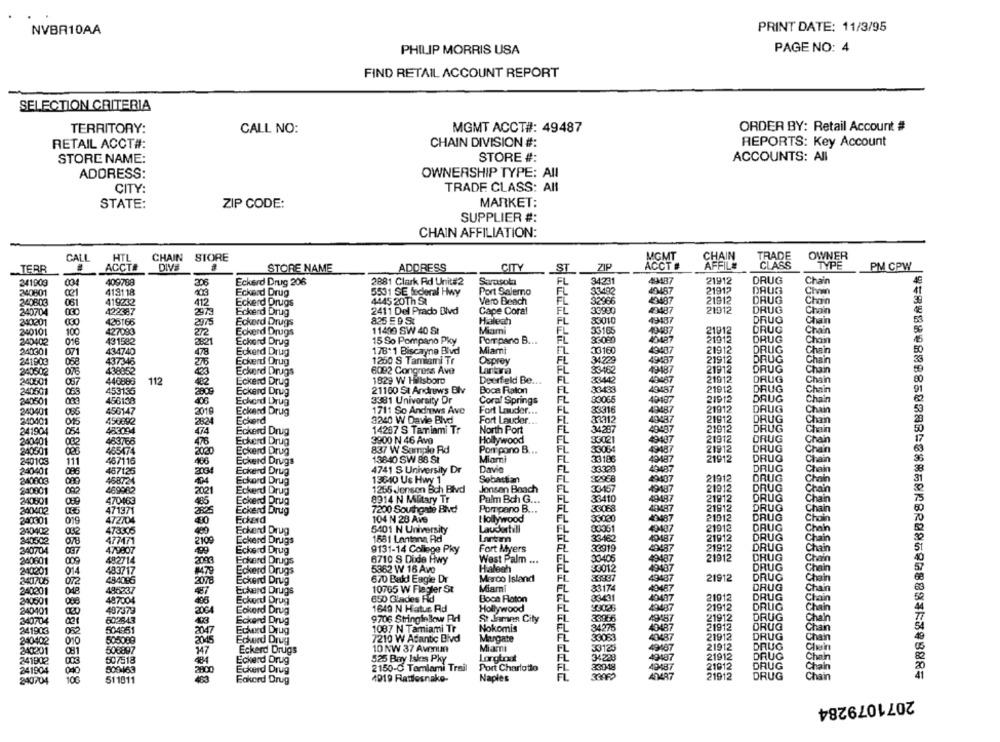
PRINT DATE: 11/3/95
NVBR10AA
PHILIP MORRIS USA
PAGE NO: 4
FIND RETAIL ACCOUNT REPORT
SELECTION CRITERIA
TERRITORY:
CALL NO:
MGMT ACCT#: 49487
ORDER BY: Retail Account #
RETAIL ACCT#:
CHAIN DIVISION #:
REPORTS: Key Account
STORE NAME:
STORE #:
ACCOUNTS: All
ADDRESS:
OWNERSHIP TYPE: All
CITY:
TRADE CLASS: All
STATE:
ZIP CODE:
MARKET:
SUPPLIER #:
CHAIN AFFILIATION:
CALL
HTL
CHAIN
STORE
MGMT
CHAIN
TRADE
OWNER
TERR
ACCT#
DIVE
STORE NAME
ADORESS
CITY
ST
ZIP
AFFILI
CLASS
TYPE
PM CPW
341003
409788
306
Eckerd Drug 206
2881 Clark Ad Unit#2
Sarasola
FL
34231
49487
21912
DRUG
Chain
4487
21912
DAUG
240801
021
418118
403
Eckerd Drug
5531 SE federal Hwy
Port Salemo
33492
Chvin
240803
061
419232
412
Eckerd Drugs
4445 20Th St
Vero Beach
EL
32966
43487
21912
DRUG
240704
422387
2973
Eckerd Drug
2411 Del Prado Blvd
Cape Coral
EL
33980
43487
21912
DRUG
825 59 St
Hialeah
FL
83010
49487
DRUG
340201
030
426166
2075
Eckerd Drugs
Chain
240101
100
427093
272
Eckerd Drugs
11400 SW 40 St
Miami
FL
33165
19487
21912
DRUG
240402
016
431582
2821
Eckard Drug
15 So Pompano Pky
Pompano B ...
EL
40487
21912
DRUG
FL
33160
240301
071
434740
478
Eckerd Drug
178 1 Biscayne Blvd
Miami
49487
21912
DRUG
241903
058
437346
275
Eckerd Drug
1250 S Tamiami Tr
Osprey
FL
34729
49487
21912
DRUG
240502
07
438852
Eckerd Drugs
6092 Congress Avo
Lartra
FL
33-462
49487
21912
DRUG
Chain
FL
33442
40487
21912
DRUG
Chain
240501
087
446888
112
Eckerd Drug
1929 W Hillsboro
Deerfield Be ...
240501
453135
2009
Eckerd Drug
21100 St Andrews Blv
Boca Raton
FL
40487
21912
DRUG
Chain
340501
456138
406
Eckerd Drug
3381 University Dr
Coral Springs
EL
83065
49407
21912
DAUG
Chain
FL
33316
49487
21912
DRUG
Chain
240401
456147
2019
Eckerd Drug
1711 So Androws Ave
Fort Lauder ...
240401
015
456892
2824
Eckerd
3240 W Davie Blvd
Fort Lauder.
EL
33312
49487
21912
DRUG
Chain
241904
054
453094
474
Eckerd Drug
14207 S Tariami Tr
North Port
FL
34287
40487
21912
DRUG
Chan
DRUG
240401
082
463766
Eckerd Drug
3900 N 46 Avo
Hollywood
FL
33021
49487
21912
Chain
240501
465474
2020
Eckerd Drug
837 W Sample Rd
Pompano B ...
FL
49487
21912
DRUG
Chain
240103
111
467116
406
Eckerd Drugs
13840 SW 88 SŁ
Miami
FL
33186
49487
21912
DRUG
Chain
Davie
FL
33333
49487
DRUG
240401
086
457126
2034
Eckerd Drug
4741 S University Dr
Chain
240803
468724
Eckord Drug
13640 Us Hwy 1
Sebastian
FL
32968
49487
21912
DRUG
Chain
240801
469982
2021
Eckerd Drug
1255 Jenson Bch Blvd
Jonsen Beach
FL
33467
49487
21912
DRUG
Chain
FL
33410
49487
21912
DRUG
240601
470163
465
Eckerd Drug
8914 N Military Tr
Palm Bch G ...
Chain
240402
471371
2825
Eckerd Drug
7200 Southgate Blvd
Pompano B ...
FL
33068
40487
21912
DRUG
Chain
240301
019
472704
Eckard
104 N 28 Ave
Hollywood
$3030
401487
21012
DRUG
Chain
49487
21912
DRUG
210402
032
473345
Eckard Drug
5401 N University
Lauderhill
FL
Chain
240502
477471
2100
Eckerd Drugs
1681 Lantana Rid
Lantm
FL
33462
40487
21912
DRUG
Chain
340704
479807
Eckerd Drug
9131-14 College Pky
Fort Myers
36919
49487
21912
DRUG
Chain
037
49487
21912
DRUG
240601
009
482714
2003
Eckard Drugs
6710 S Dode Hwy
West Palm ...
FL
33406
Chain
240201
014
483717
Eckerd Drugs
5362 W 16 Avo
Halenh
FL
33012
49487
DRUG
Chain
484085
Eckerd Drug
670 Bakl Eagie Dr
Marco Island
FL
49487
21912
DRUG
Chain
240706
072
2098
Miami
33174
DRUG
240201
485237
457
Eckerd Drugs
10765 W Flagler St
FL
40487
Chain
240501
487004
Eckard Drug
850 Glades Fid
Boca Raton
FL
23431
49497
21012
DRUG
Chain
497379
1649 N Hatur Rd
Hollywood
FL
22025
49487
21912
DRUG
Chain
240401
2064
Eckerd Drug
DRUG
340704
602843
Eckerd Drug
9706 Stringinlow Ad
St.James City
FL
33956
49487
21912
Chan
241903
052
504951
2047
Echord Drug
1087 N Tamiami Tr
Nokomis
FL
34275
40487
21912
DRUG
Chan
240402
505089
2015
7210 W Adantic Bivd
Margate
FL
33053
40487
21912
DRUG
Chain
00
Eckerd Drug
49287
21912
DRUG
240201
081
506897
147
Eckerd Drugs
10 NW 37 Avenue
Miami
FL
3012
Chain
241902
003
507518
Eckerd Drug
525 Bay Iskis Pky
Longtrxs
FL
34223
49487
21912
DRUG
Chain
241904
2150-0 Tamiami Trail
Port Charlotto
FL
33048
19487
21912
DRUG
800463
Eckerd Drug
FL
40487
21912
DRUG
Chain
240/04
106
511011
Fakord Drug
4019 Rattlesnake-
Naples
2071079284